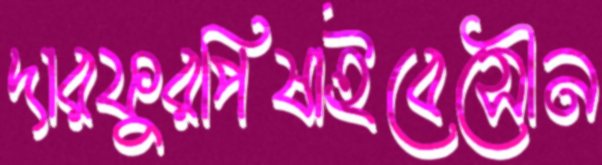
দারফুরপিষাইবেসৌন